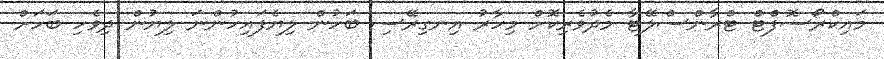
މައިކްރޯސޮފްޓް ޓްރާންސްލޭޓާ މެދުވެރިކޮށް މިހާރު އިނގިރޭސި ބަހުން ލިޔެފައިހުންނަ ލިޔުން ދިވެހި ބަހަށް